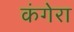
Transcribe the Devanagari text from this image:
कंगेरा